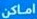
اماكن